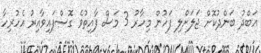
ޢަބްދު ބަންދުކޮށް ޖަލަށްލި ފަހުން މިހާރު 3 މަސް ފާއިތުވެ ގޮސްފައިވާއިރު އެހުރިހާ